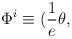
LaTeX: \begin{align*}\Phi^i \equiv ( \frac{1}{e} \theta,\end{align*}